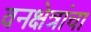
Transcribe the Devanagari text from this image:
वनक्षेत्रांचा